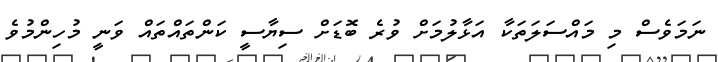
ނަމަވެސް މި މައްސަލަތަކާ އަޅާލުމަށް ވުރެ ބޮޑަށް ސިޔާސީ ކަންތައްތައް ވަނީ މުހިންމުވެ